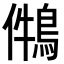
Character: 𪁃